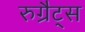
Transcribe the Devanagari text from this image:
रुग्रैट्स